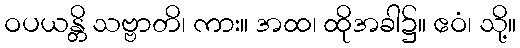
ဝပယန္တိ သဗ္ဗာတိ၊ ကား။ အထ၊ ထိုအခါ၌။ ဧဝံ၊ သို့။